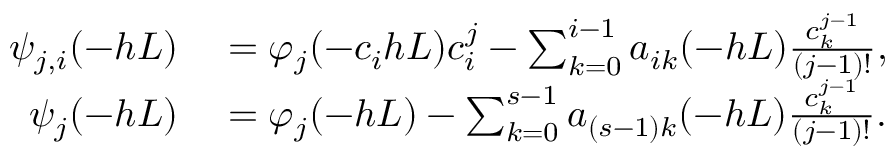
\begin{array} { r l } { \psi _ { j , i } ( - h L ) } & { { } = \varphi _ { j } ( - c _ { i } h L ) c _ { i } ^ { j } - \sum _ { k = 0 } ^ { i - 1 } a _ { i k } ( - h L ) \frac { c _ { k } ^ { j - 1 } } { ( j - 1 ) ! } , } \\ { \psi _ { j } ( - h L ) } & { { } = \varphi _ { j } ( - h L ) - \sum _ { k = 0 } ^ { s - 1 } a _ { ( s - 1 ) k } ( - h L ) \frac { c _ { k } ^ { j - 1 } } { ( j - 1 ) ! } . } \end{array}